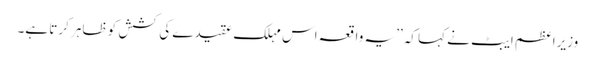
وزیراعظم ایبٹ نے کہا کہ ’’یہ واقعہ اس مہلک عقیدے کی کشش کو ظاہر کرتا ہے۔